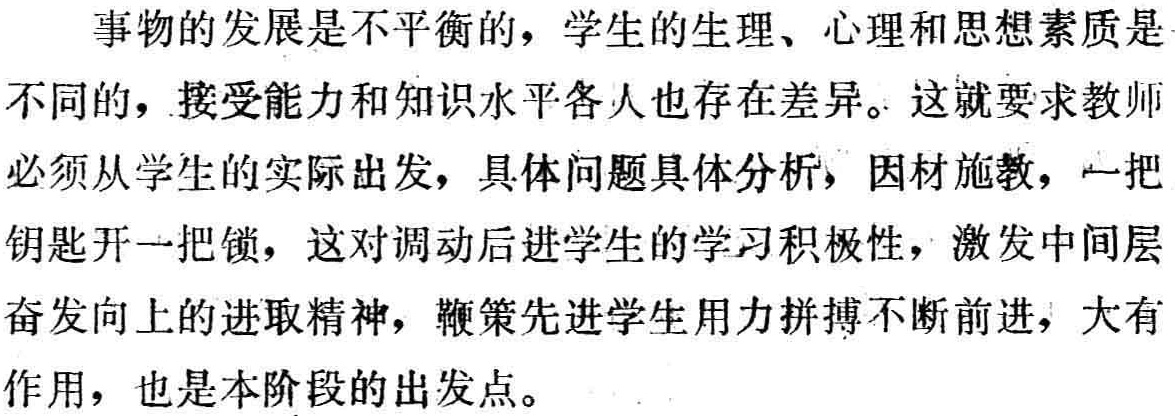
事物的发展是不平衡的，学生的生理、心理和思想素质是不同的，接受能力和知识水平各人也存在差异。这就要求教师必须从学生的实际出发，具体问题具体分析，因材施教，一把钥匙开一把锁，这对调动后进学生的学习积极性，激发中间层奋发向上的进取精神，鞭策先进学生用力拼搏不断前进，大有作用，也是本阶段的出发点。